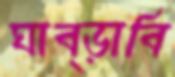
ঘাব্‌ড়াবি